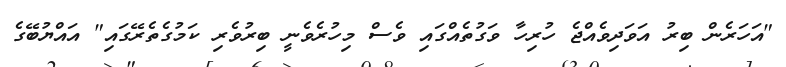
"އަހަރެން ބިރު އަވަދިވެއްޖެ ހުރިހާ ވަގުތެއްގައި ވެސް މިހުރެވެނީ ބިރުވެރި ކަމުގެތެރޭގައި" އައްޔުބޭގެ